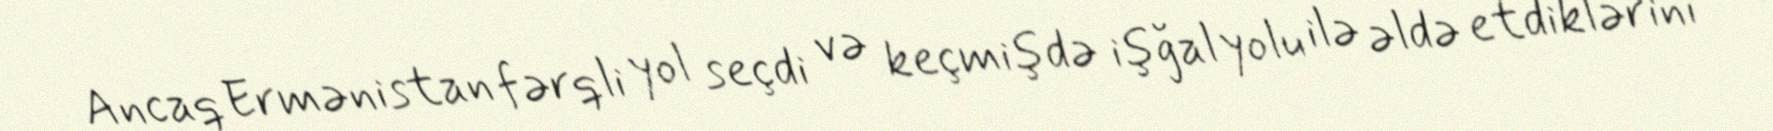
Ancaq Ermənistan fərqli yol seçdi və keçmişdə işğal yolu ilə əldə etdiklərini